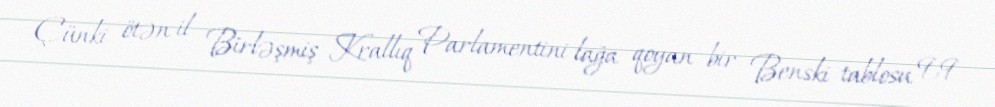
Çünki ötən il Birləşmiş Krallıq Parlamentini lağa qoyan bir Benski tablosu 9,9